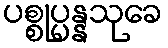
ပစ္စုပ္ပန္နသုခေ